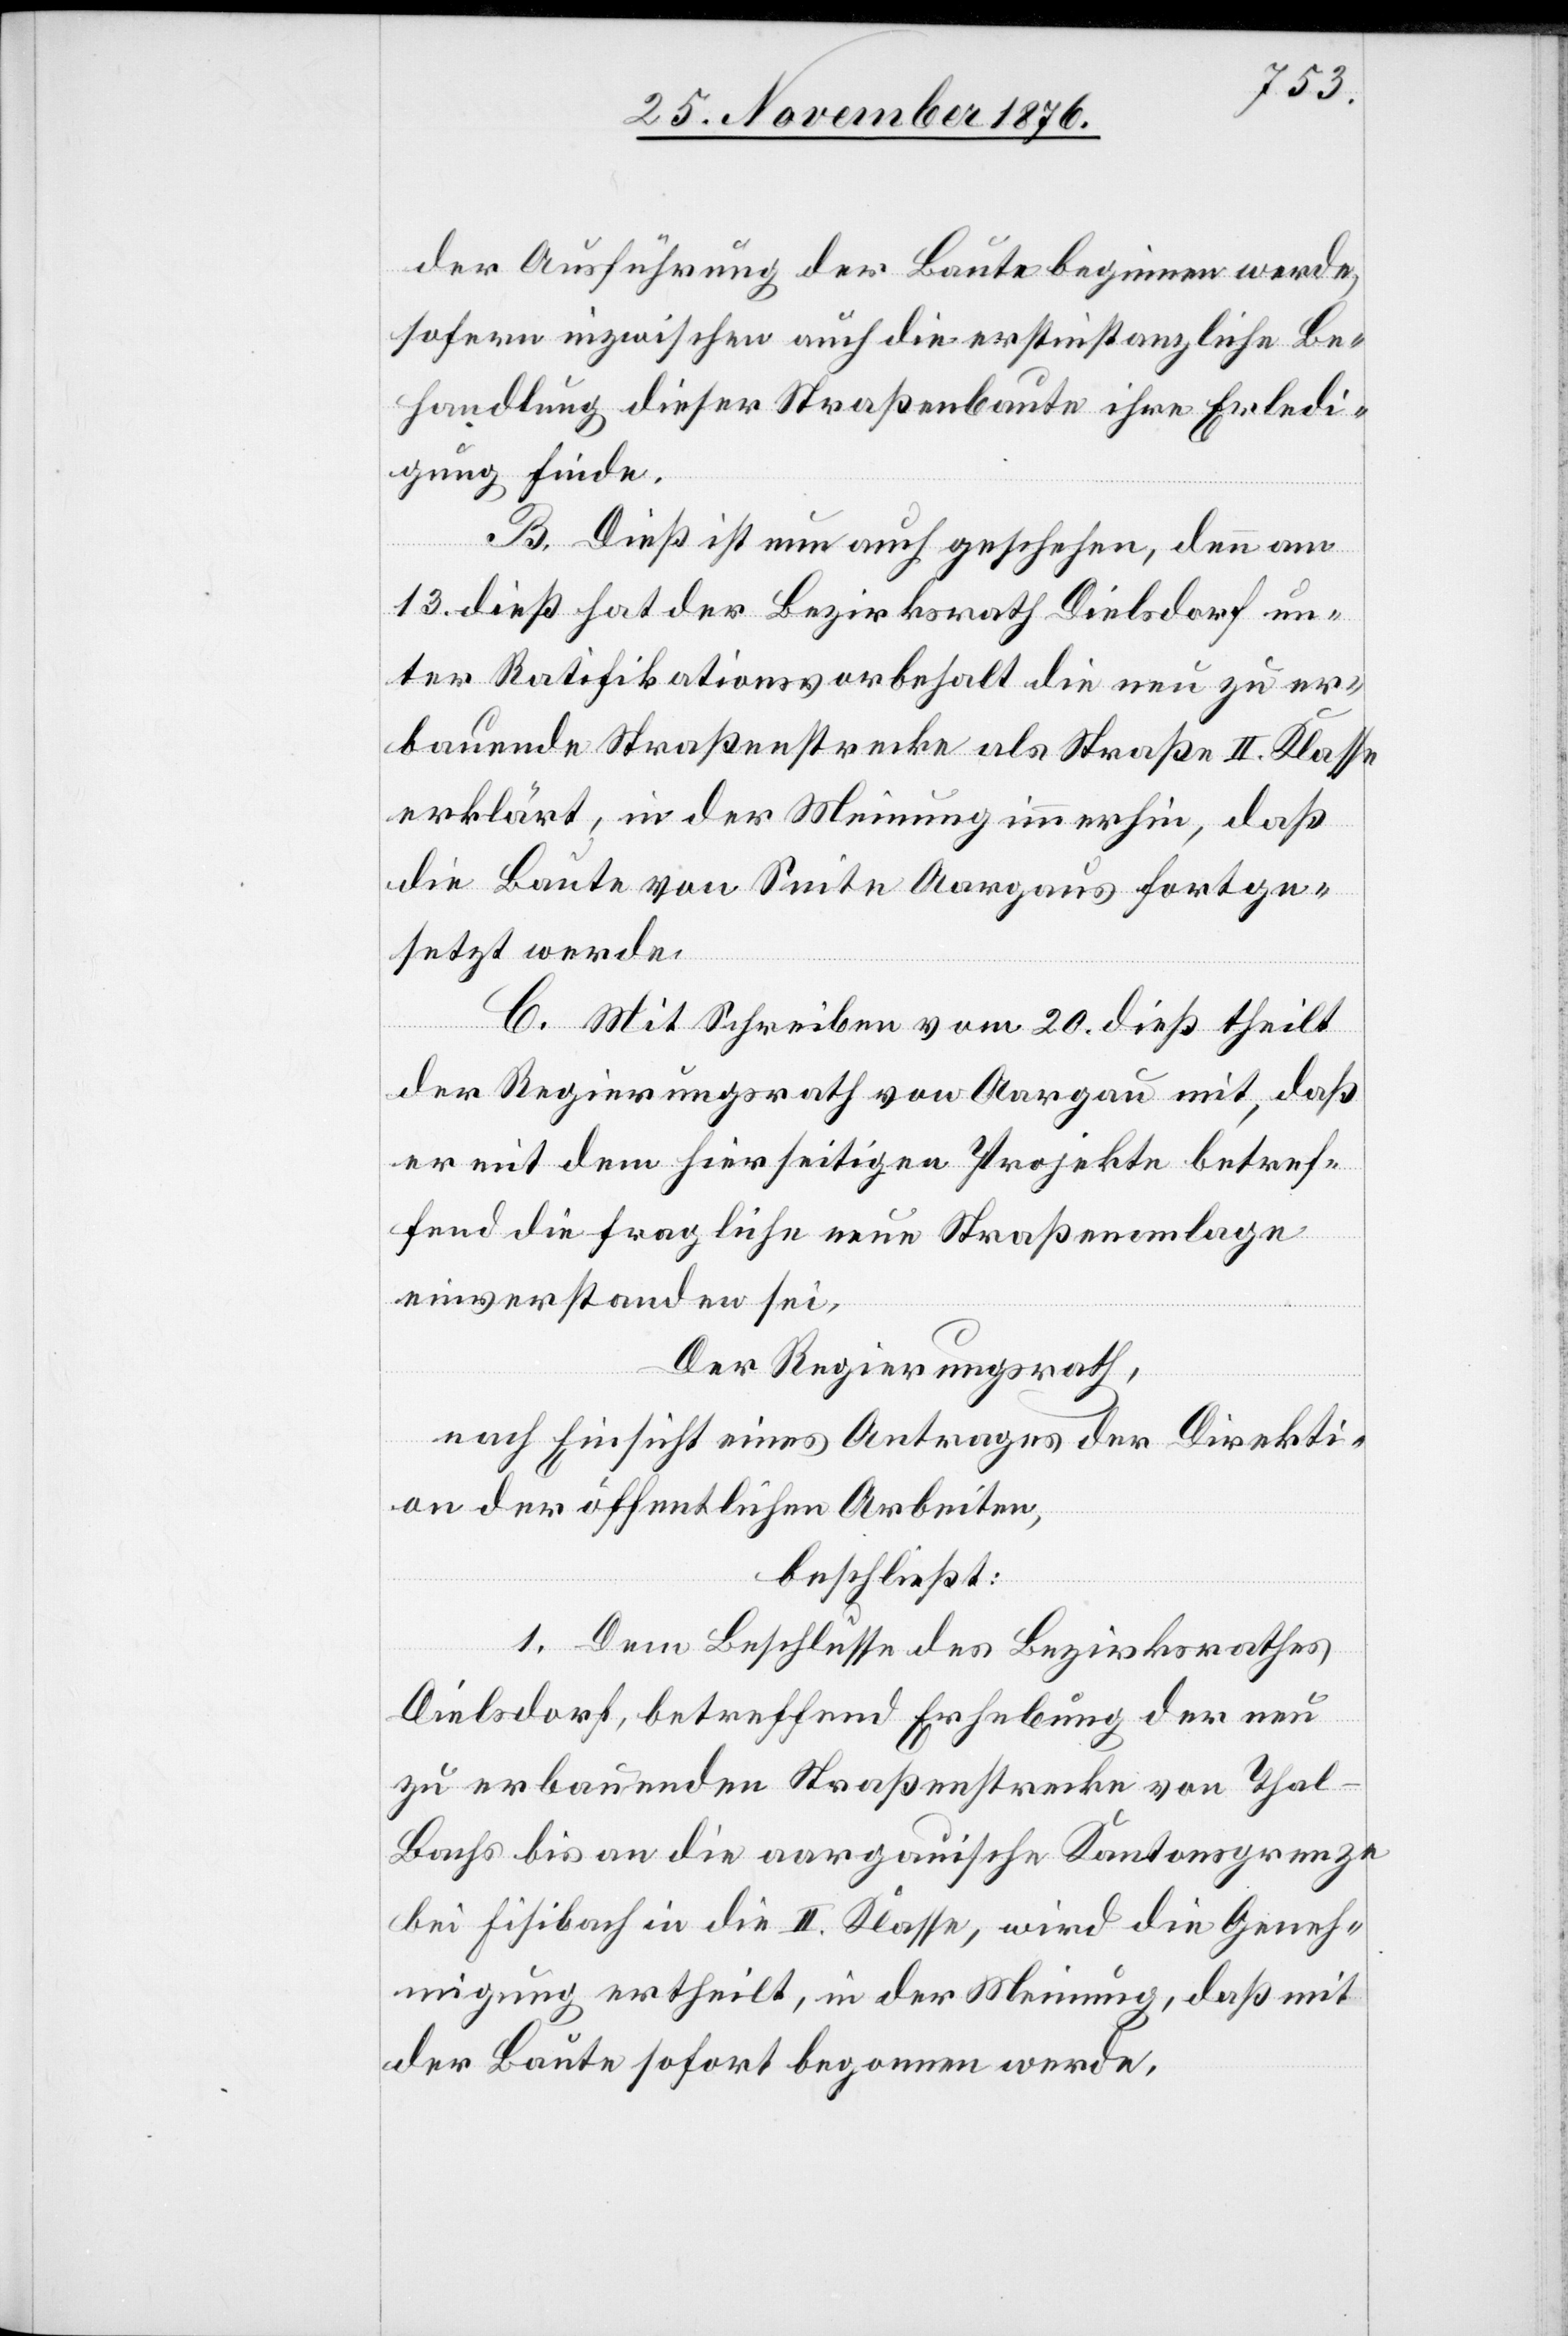
der Ausführung der Baute beginnen werde,
sofern inzwischen auch die erstinstanzliche Be¬
handlung dieser Straßenbaute ihre Erledi¬
gung finde.
B. Dieß ist nun auch geschehen, denn am
13. dieß hat der Bezirksrath Dielsdorf un¬
ter Ratifikationsvorbehalt die neu zu er¬
bauende Straßenstrecke als Straße II. Klasse
erklärt, in der Meinung immerhin, daß
die Baute von Seite Aargaus fortge¬
setzt werde.
C. Mit Schreiben vom 20. dieß theilt
der Regierungsrath von Aargau mit, daß
er mit dem hierseitigen Projekte betref¬
fend die fragliche neue Straßenanlage
einverstanden sei.
Der Regierungsrath,
nach Einsicht eines Antrages der Direkti¬
on der öffentlichen Arbeiten,
beschließt:
1. Dem Beschlusse des Bezirksrathes
Dielsdorf, betreffend Erhebung der neu
zu erbauenden Straßenstrecke von Thal
Bachs bis an die aargauische Kantonsgrenze
bei Fisibach in die II. Klasse, wird die Geneh¬
migung ertheilt, in der Meinung, daß mit
der Baute sofort begonnen werde.